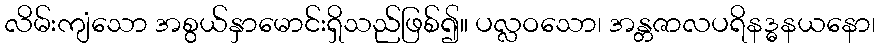
လိမ်းကျံသော အစွယ်နှာမောင်းရှိသည်ဖြစ်၍။ ပလ္လဝသော၊ အန္တဇာလပရိနဒ္ဓနယနော၊